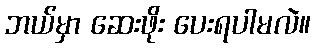
ဘယ်မှာ ဆေးဖိုး ပေးရပါမလဲ။